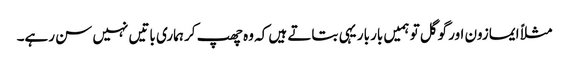
مثلاً ایمازون اور گوگل تو ہمیں بار بار یہی بتاتے ہیں کہ وہ چھپ کر ہماری باتیں نہیں سن رہے۔